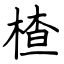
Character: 楂